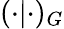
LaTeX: (\cdot|\cdot)_{G}